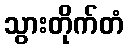
သွားတိုက်တံ